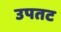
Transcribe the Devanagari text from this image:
उपतट